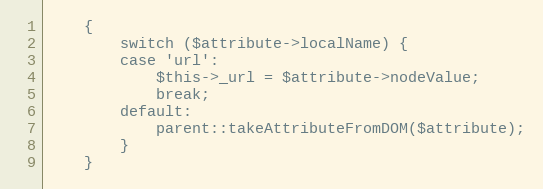
Language: PHP
    {
        switch ($attribute->localName) {
        case 'url':
            $this->_url = $attribute->nodeValue;
            break;
        default:
            parent::takeAttributeFromDOM($attribute);
        }
    }